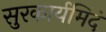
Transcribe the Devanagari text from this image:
सुरकार्यमिदं